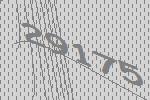
29175